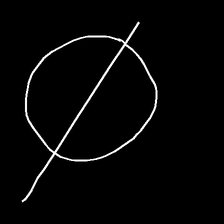
Glyph: orb